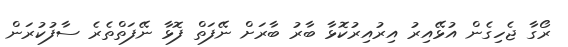
ރޯގާ ޖެހިގެން އުޅޭއިރު އިރުއިރުކޮޅާ ބާރު ބާރަށް ނޭފަތް ފޮޅާ ނޭފަތްތެރެ ސާފުކުރަން